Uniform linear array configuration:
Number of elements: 64
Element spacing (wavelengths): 0.5
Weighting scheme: cosine
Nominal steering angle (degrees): -45
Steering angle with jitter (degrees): -45.201
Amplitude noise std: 0.05
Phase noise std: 0.05

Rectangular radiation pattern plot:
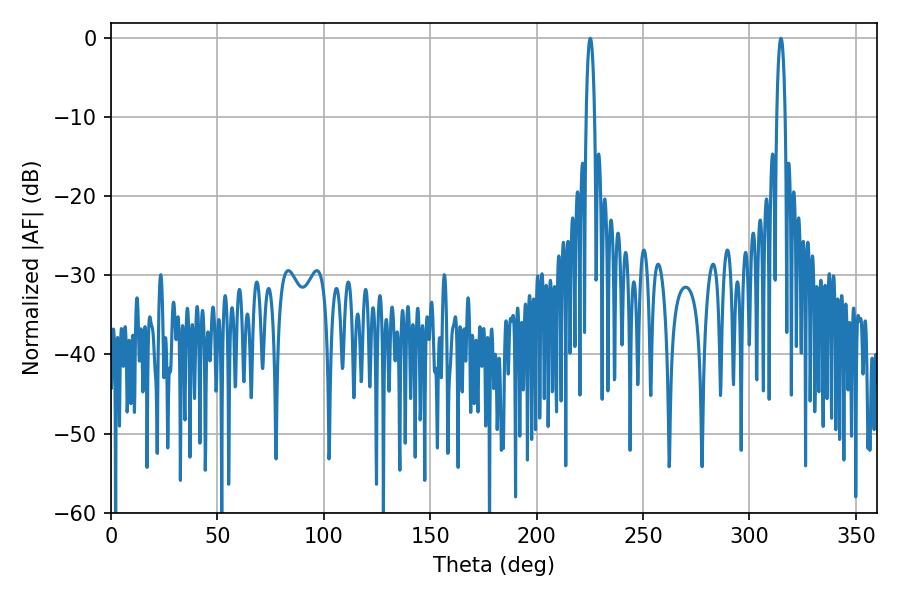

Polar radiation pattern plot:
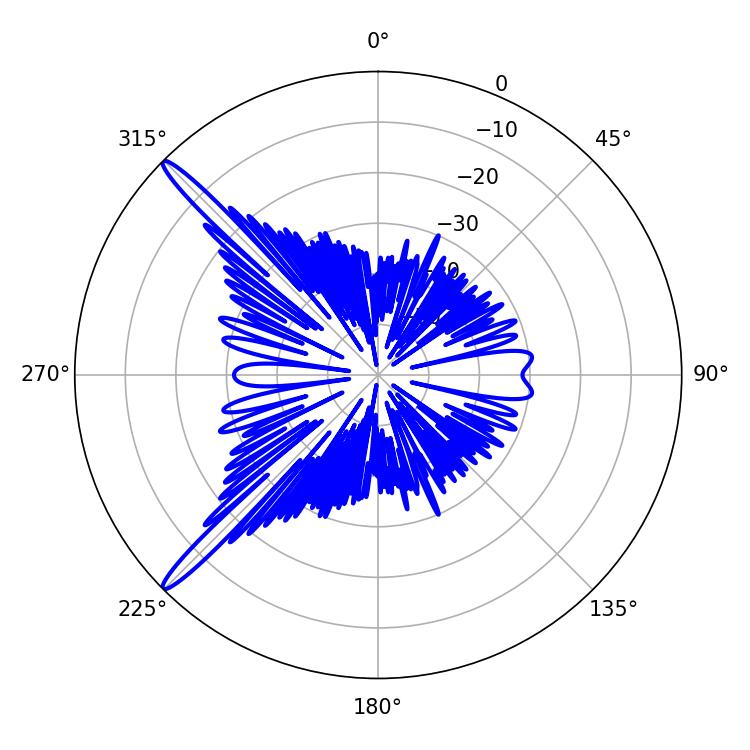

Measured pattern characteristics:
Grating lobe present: FALSE
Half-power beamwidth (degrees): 2.16
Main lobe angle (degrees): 225.18